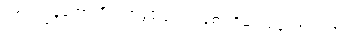
ဟာ၊ ကျွန်တော့်ကိုတော့ခွင့်ပြုပါ။ အစာအိမ်ကမကောင်းလို့။